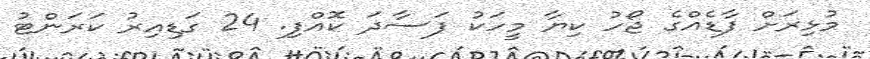
މުޅިރަށް ފާޑެއްގެ ޖޯހު ކިޔާ މީހަކު ފަސާދަ ކޮއްފި. 24 ގަޑިއިރު ކަރަންޓު